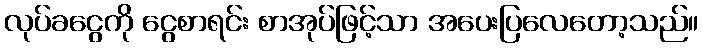
လုပ်ခငွေကို ငွေစာရင်း စာအုပ်ဖြင့်သာ အပေးပြလေတော့သည်။